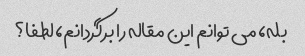
بله، می توانم این مقاله را برگردانم، لطفا؟